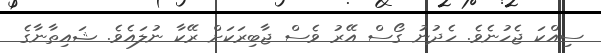
ސިއްކަ ޖެހުނެވެ. ހެދުނު ގޯސް އޭރު ވެސް ޖާބިރަކަށް ރޭކާ ނުލައެވެ. ޝައިތާނާގެ